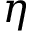
\eta